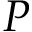
P